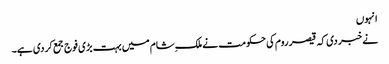
انہوں
نے خبر دی کہ قیصر روم کی حکومت نے ملک ِشام میں بہت بڑی فوج جمع کردی ہے۔